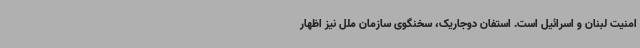
امنیت لبنان و اسرائیل است. استفان دوجاریک، سخنگوی سازمان ملل نیز اظهار